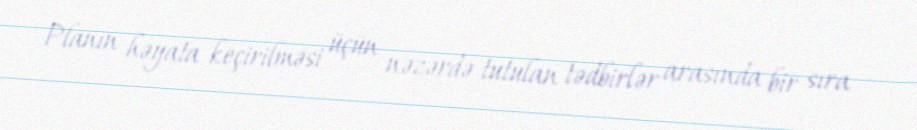
Planın həyata keçirilməsi üçün nəzərdə tutulan tədbirlər arasında bir sıra